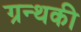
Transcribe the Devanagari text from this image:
ग्रन्थकी